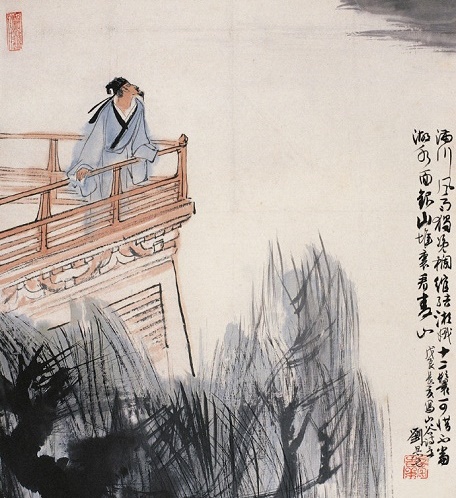
满川风雨独凭栏，绾结湘娥十二鬟。